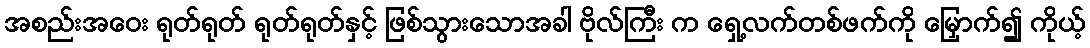
အစည်းအဝေး ရုတ်ရုတ် ရုတ်ရုတ်နှင့် ဖြစ်သွားသောအခါ ဗိုလ်ကြီး က ရှေ့လက်တစ်ဖက်ကို မြှောက်၍ ကိုယ့်